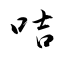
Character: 咭